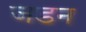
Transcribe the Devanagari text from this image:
जडन